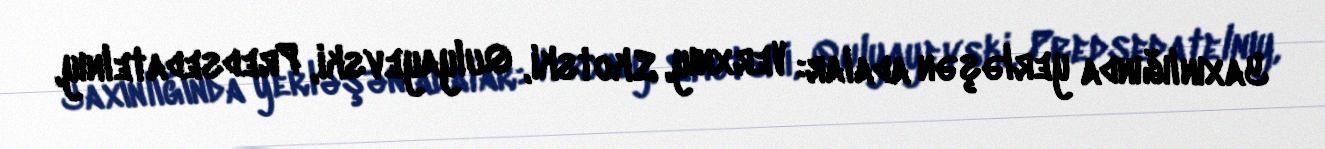
Yaxınlığında yerləşən adalar: Verxnıy, Skotski, Qulyayevski, Predsedatelnıy,